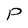
Character: P